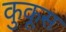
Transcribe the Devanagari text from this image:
कुकूस